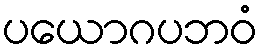
ပယောဂပဘဝံ